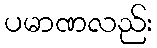
ပမာဏလည်း